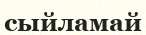
сыйламай